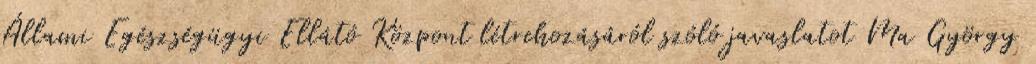
Állami Egészségügyi Ellátó Központ létrehozásáról szóló javaslatot Ma György